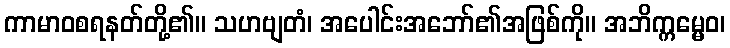
ကာမာဝစရနတ်တို့၏။ သဟဗျတံ၊ အပေါင်းအဘော်၏အဖြစ်ကို။ အဘိက္ကမ္မေဝ၊